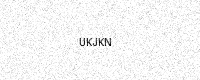
Text: UKJKN